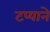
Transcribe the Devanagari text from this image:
टप्याने